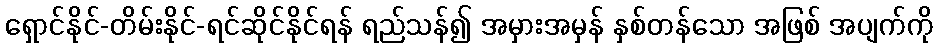
ရှောင်နိုင်-တိမ်းနိုင်-ရင်ဆိုင်နိုင်ရန် ရည်သန်၍ အမှားအမှန် နှစ်တန်သော အဖြစ် အပျက်ကို